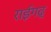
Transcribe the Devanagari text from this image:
राईगढ्